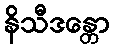
နိသီဒန္တော